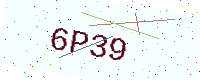
Text: 6P39